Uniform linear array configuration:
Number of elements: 48
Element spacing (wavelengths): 1
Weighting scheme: blackman
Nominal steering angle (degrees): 60
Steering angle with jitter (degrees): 59.157
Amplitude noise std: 0.05
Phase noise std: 0.05

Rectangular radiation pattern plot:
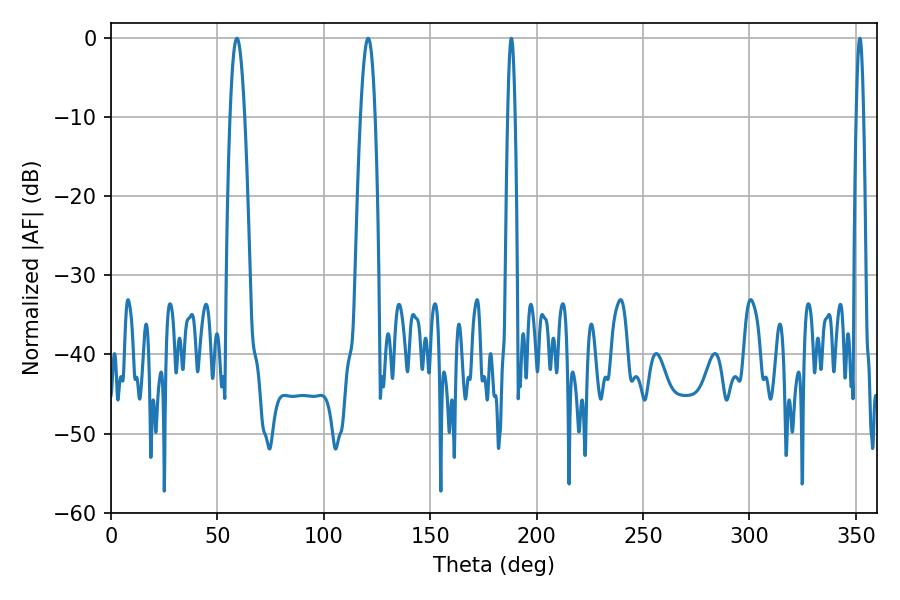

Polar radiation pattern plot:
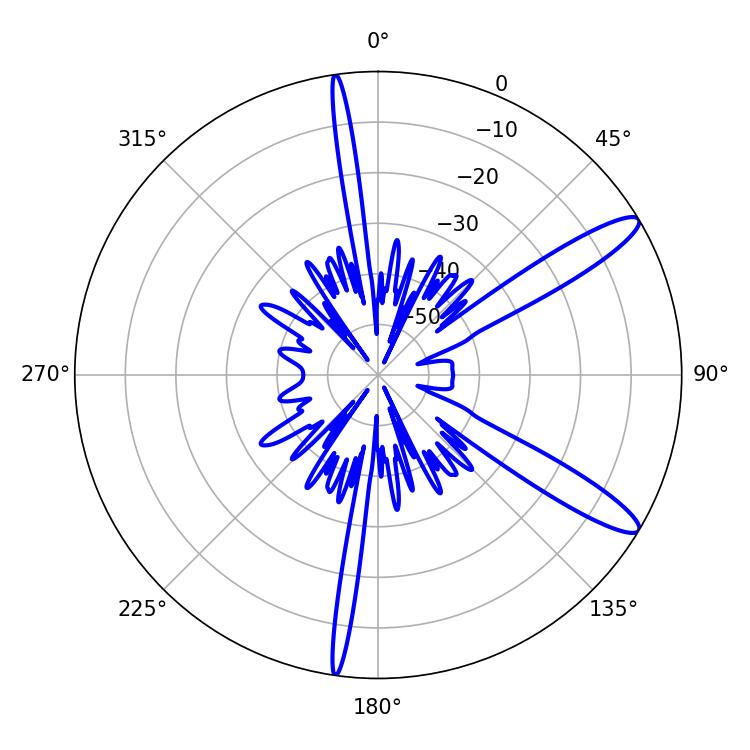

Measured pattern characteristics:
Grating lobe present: TRUE
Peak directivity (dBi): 12.488
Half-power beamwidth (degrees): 1.8
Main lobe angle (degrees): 188.1